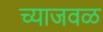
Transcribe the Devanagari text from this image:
च्याजवळ